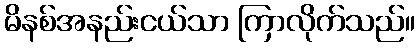
မိနစ်အနည်းငယ်သာ ကြာလိုက်သည်။